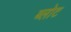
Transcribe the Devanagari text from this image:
ब्लोट